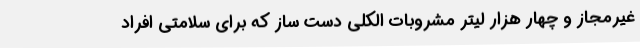
غیرمجاز و چهار هزار لیتر مشروبات الکلی دست ساز که برای سلامتی افراد